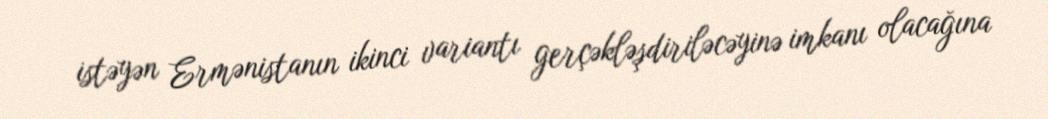
istəyən Ermənistanın ikinci variantı gerçəkləşdiriləcəyinə imkanı olacağına